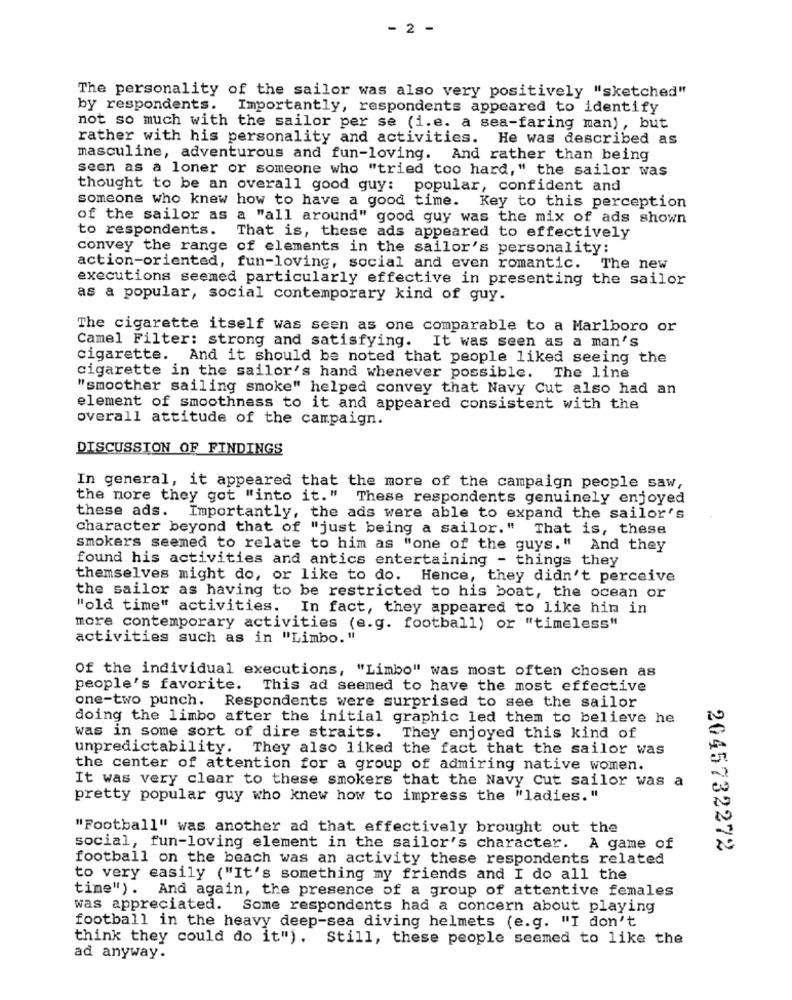
- 2 -
The personality of the sailor was also very positively "sketched"
by respondents.
Importantly, respondents appeared to identify
not so much with the sailor per se (i.e. a sea-faring man), but
rather with his personality and activities. He was described as
masculine, adventurous and fun-loving. And rather than being
seen as a loner or someone who "tried too hard," the sailor was
thought to be an overall good guy: popular, confident and
someone who knew how to have a good time. Key to this perception
of the sailor as a "all around" good guy was the mix of ads shown
to respondents.
That is, these ads appeared to effectively
convey the range of elements in the sailor's personality:
action-oriented, fun-loving, social and even romantic. The new
executions seemed particularly effective in presenting the sailor
as a popular, social contemporary kind of guy.
The cigarette itself was seen as one comparable to a Marlboro or
Camel Filter: strong and satisfying. It was seen as a man's
cigarette. And it should be noted that people liked seeing the
cigarette in the sailor's hand whenever possible. The line
"smoother sailing smoke" helped convey that Navy Cut also had an
element of smoothness to it and appeared consistent with the
overall attitude of the campaign.
DISCUSSION OF FINDINGS
In general, it appeared that the more of the campaign people saw,
the more they got "into it." These respondents genuinely enjoyed
these ads. Importantly, the ads were able to expand the sailor's
character beyond that of "just being a sailor." That is, these
smokers seemed to relate to him as "one of the guys." And they
found his activities and antics entertaining - things they
themselves might do, or like to do. Hence, they didn't perceive
the sailor as having to be restricted to his boat, the ocean or
"old time" activities. In fact, they appeared to like him in
more contemporary activities (e.g. football) or "timeless"
activities such as in "Limbo. "
Of the individual executions, "Limbo" was most often chosen as
people's favorite.
This ad seemed to have the most effective
one-two punch. Respondents were surprised to see the sailor
doing the limbo after the initial graphic led them to believe he
was in some sort of dire straits. They enjoyed this kind of
unpredictability. They also liked the fact that the sailor was
the center of attention for a group of admiring native women.
It was very clear to these smokers that the Navy Cut sailor was a
pretty popular guy who knew how to impress the "ladies. "
"Football" was another ad that effectively brought out the
social, fun-loving element in the sailor's character. A game of
2045732272
football on the beach was an activity these respondents related
to very easily ("It's something my friends and I do all the
time"). And again, the presence of a group of attentive females
was appreciated. Some respondents had a concern about playing
football in the heavy deep-sea diving helmets (e.g. "I don't
think they could do it") . Still, these people seemed to like the
ad anyway.